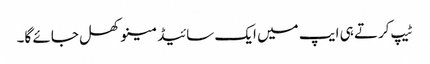
ٹیپ کرتے ہی ایپ میں ایک سائیڈ مینو کھل جائے گا۔